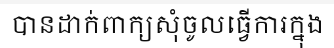
បានដាក់ពាក្យសុំចូលធ្វើការក្នុង